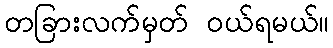
တခြားလက်မှတ် ဝယ်ရမယ်။